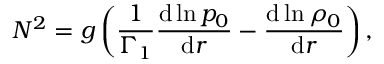
N ^ { 2 } = g \left( \frac { 1 } { \Gamma _ { 1 } } \frac { \mathrm { d } \ln p _ { 0 } } { \mathrm { d } r } - \frac { \mathrm { d } \ln \rho _ { 0 } } { \mathrm { d } r } \right) ,